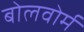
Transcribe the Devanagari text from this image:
बोलवोर्म